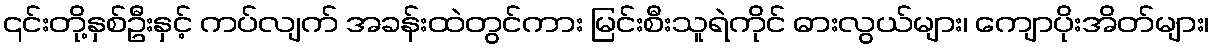
၎င်းတို့နှစ်ဦးနှင့် ကပ်လျက် အခန်းထဲတွင်ကား မြင်းစီးသူရဲကိုင် ဓားလွယ်များ၊ ကျောပိုးအိတ်များ၊